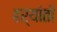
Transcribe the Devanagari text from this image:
हर्यांतो